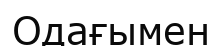
Одағымен